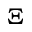
\Xi